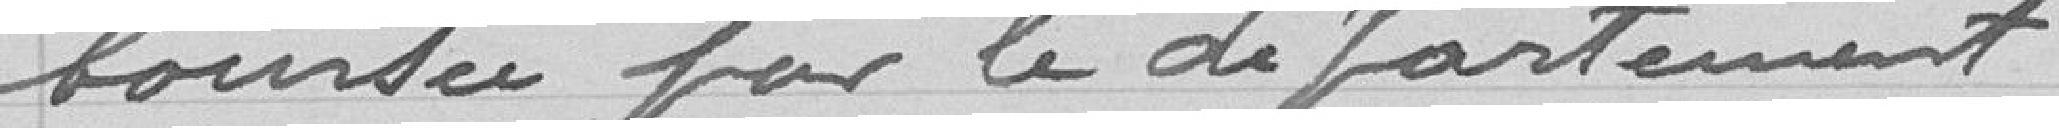
boursée par le département .